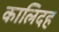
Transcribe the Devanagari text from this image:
कालिदह